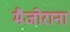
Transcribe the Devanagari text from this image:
मैजोराना